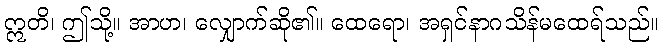
ဣတိ၊ ဤသို့။ အာဟ၊ လျှောက်ဆို၏။ ထေရော၊ အရှင်နာဂသိန်မထေရ်သည်။